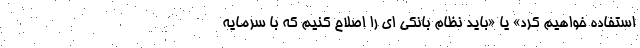
استفاده خواهیم کرد» یا «باید نظام بانکی ای را اصلاح کنیم که با سرمایه